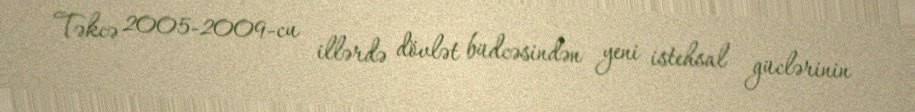
Təkcə 2005-2009-cu illərdə dövlət büdcəsindən yeni istehsal güclərinin